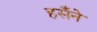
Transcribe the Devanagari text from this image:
हसँने